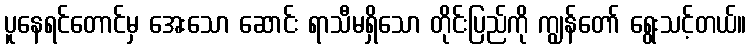
ပူနေရင်တောင်မှ အေးသော ဆောင်း ရာသီမရှိသော တိုင်းပြည်ကို ကျွန်တော် ရွေးသင့်တယ်။